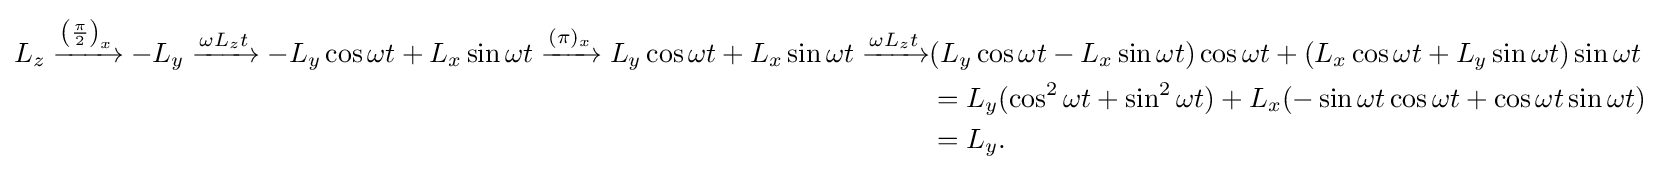
{\begin{aligned}L_{z}\xrightarrow {\left({\frac {\pi }{2}}\right)_{x}} -L_{y}\xrightarrow {\omega L_{z}t} -L_{y}\cos \omega t+L_{x}\sin \omega t\xrightarrow {(\pi )_{x}} L_{y}\cos \omega t+L_{x}\sin \omega t\xrightarrow {\omega L_{z}t} &(L_{y}\cos \omega t-L_{x}\sin \omega t)\cos \omega t+(L_{x}\cos \omega t+L_{y}\sin \omega t)\sin \omega t\\&=L_{y}(\cos ^{2}\omega t+\sin ^{2}\omega t)+L_{x}(-\sin \omega t\cos \omega t+\cos \omega t\sin \omega t)\\&=L_{y}.\end{aligned}}